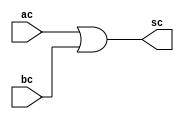
module mior (
    input ac,bc,
    output sc
);

	assign sc = ac | bc;
    
endmodule

module forGenerateVerilog (
    input [7:0]a,b,
    output [7:0]s1
);
    genvar i;
    generate
        for (i=0 ;i<=7 ; i=i+1) begin : compuertas
            mior u0 (a[i],b[i],s1[i]);
        end
    endgenerate
	 
endmodule